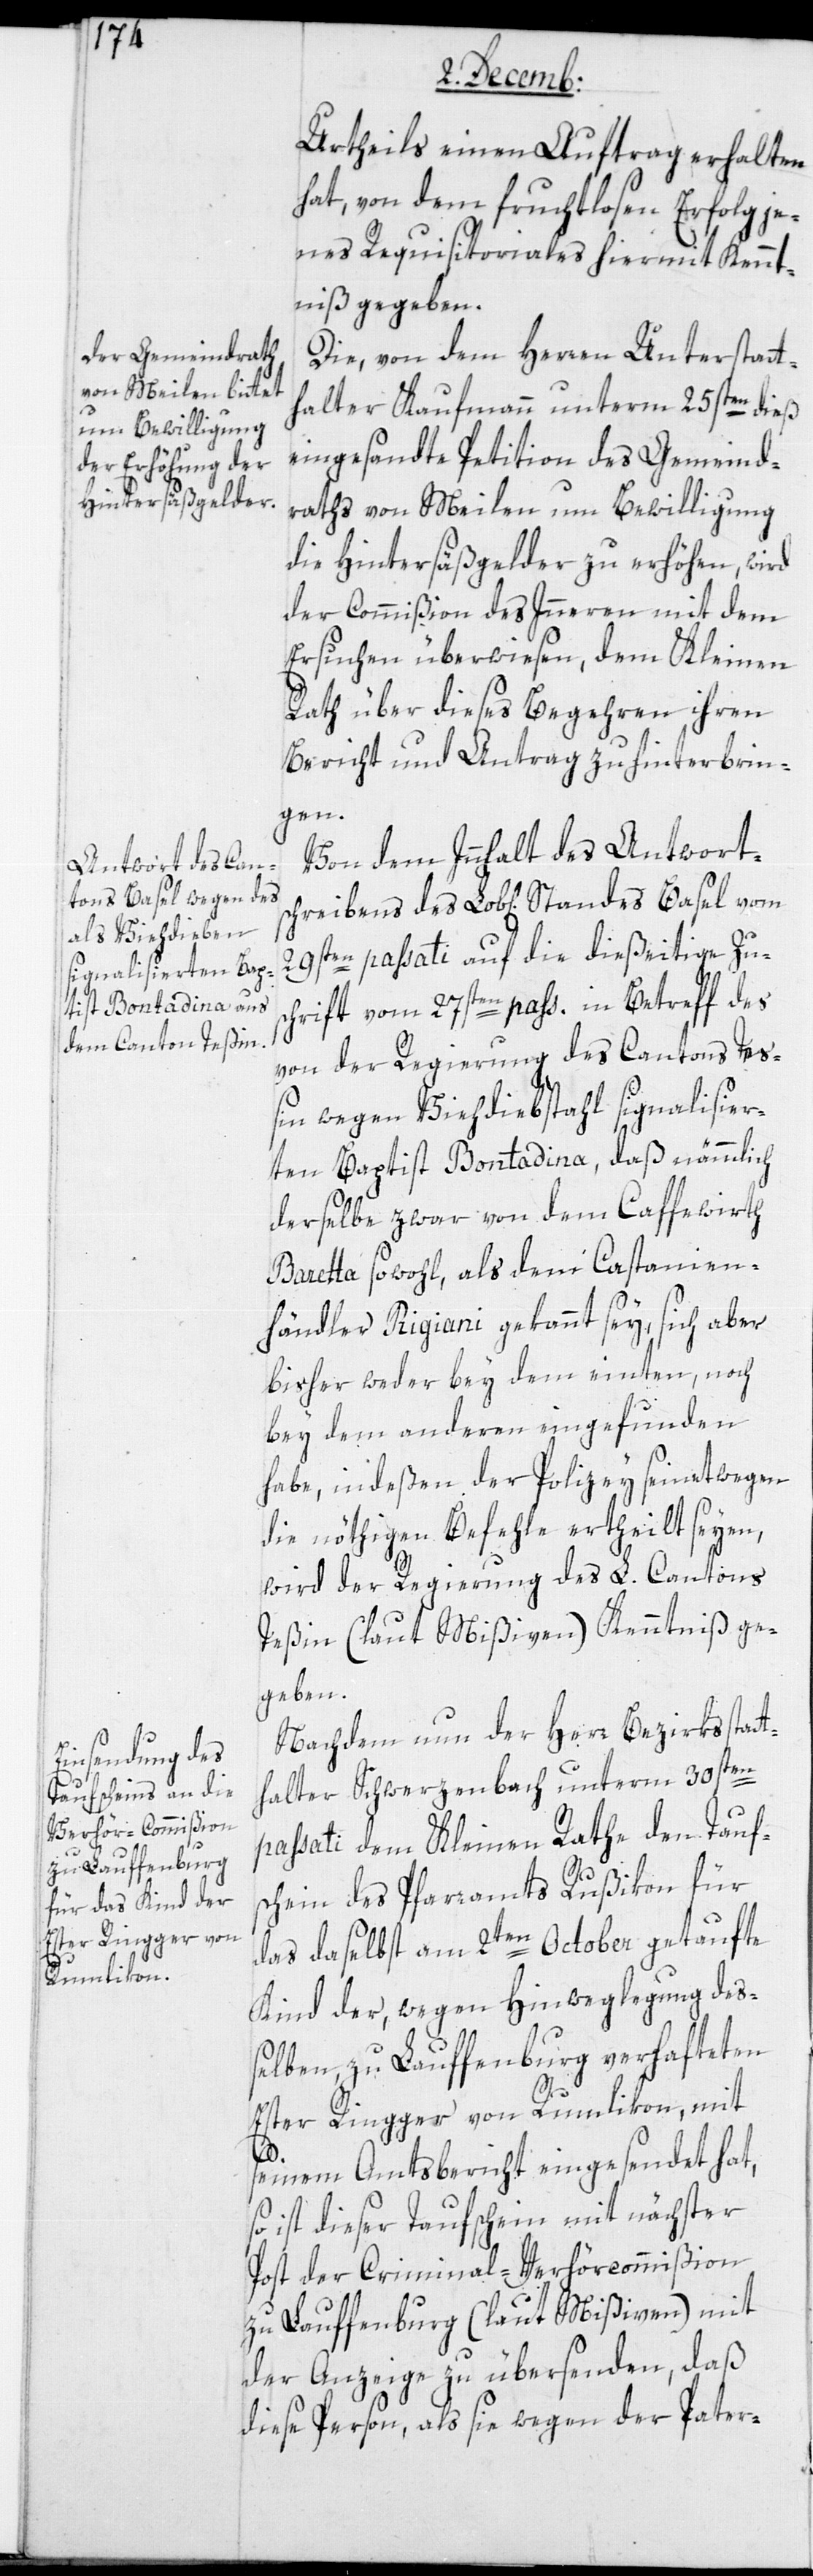
Urtheils einen Auftrag erhalten
hat, von dem fruchtlosen Erfolg je¬
nes Requisitoriales hiermit Kennt¬
niß gegeben.
Die von dem Herren Unterstatt¬
halter Kaufmann unterm 25sten dieß
eingesandte Petition des Gemeind¬
raths von Meilen um Bewilligung,
die Hintersäßgelder zu erhöhen, wird
der Commißion des Inneren mit dem
Ersuchen überwiesen, dem Kleinen
Rath über dieses Begehren ihren
Bericht und Antrag zu hinterbrin¬
gen.
Von dem Inhalt des Antworts¬
chreibens des Lob[lichen] Standes Basel vom
29sten passati auf die dießeitige Zus¬
chrift vom 27sten passati in Betreff des
von der Regierung des Cantons Te¬
ßin wegen Viehdiebstahl signalisier¬
ten Baptist Bontadina, daß nämmlich
derselbe zwar von dem Caffeewirth
Bareta sowohl, als dem Castanien¬
händler Rigiani gekannt sey, sich aber
bisher weder bey dem einten, noch
bey dem anderen eingefunden
habe, indeßen der Polizey seinetwegen
die nöthigen Befehle ertheilt seyen,
wird der Regierung des L. Cantons
Teßin (laut Mißiven) Kenntniß ge¬
geben.
Nachdem nun der Herr Bezirksstatt¬
passati dem Kleinen Rathe den Tauf¬
schein des Pfarramts Rußikon für
das daselbst am 2ten October getaufte
Kind der, wegen Hinweglegung deß¬
elben, zu Lauffenburg verhafteten
Ester Ringger von Rumlikon, mit
halter
seinem Amtsbericht eingesendet hat,
so ist dieser Taufschein mit nächster
Post der Criminal-Verhörcommißion
zu Lauffenburg (laut Mißiven) mit
der Anzeige zu übersenden, daß
diese Person, als sie wegen der Pater-